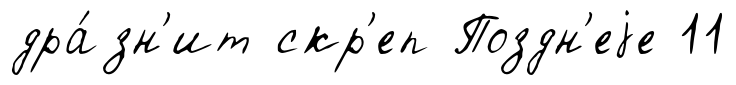
дра́зн'ит скр'еп Поздн'еjе 11